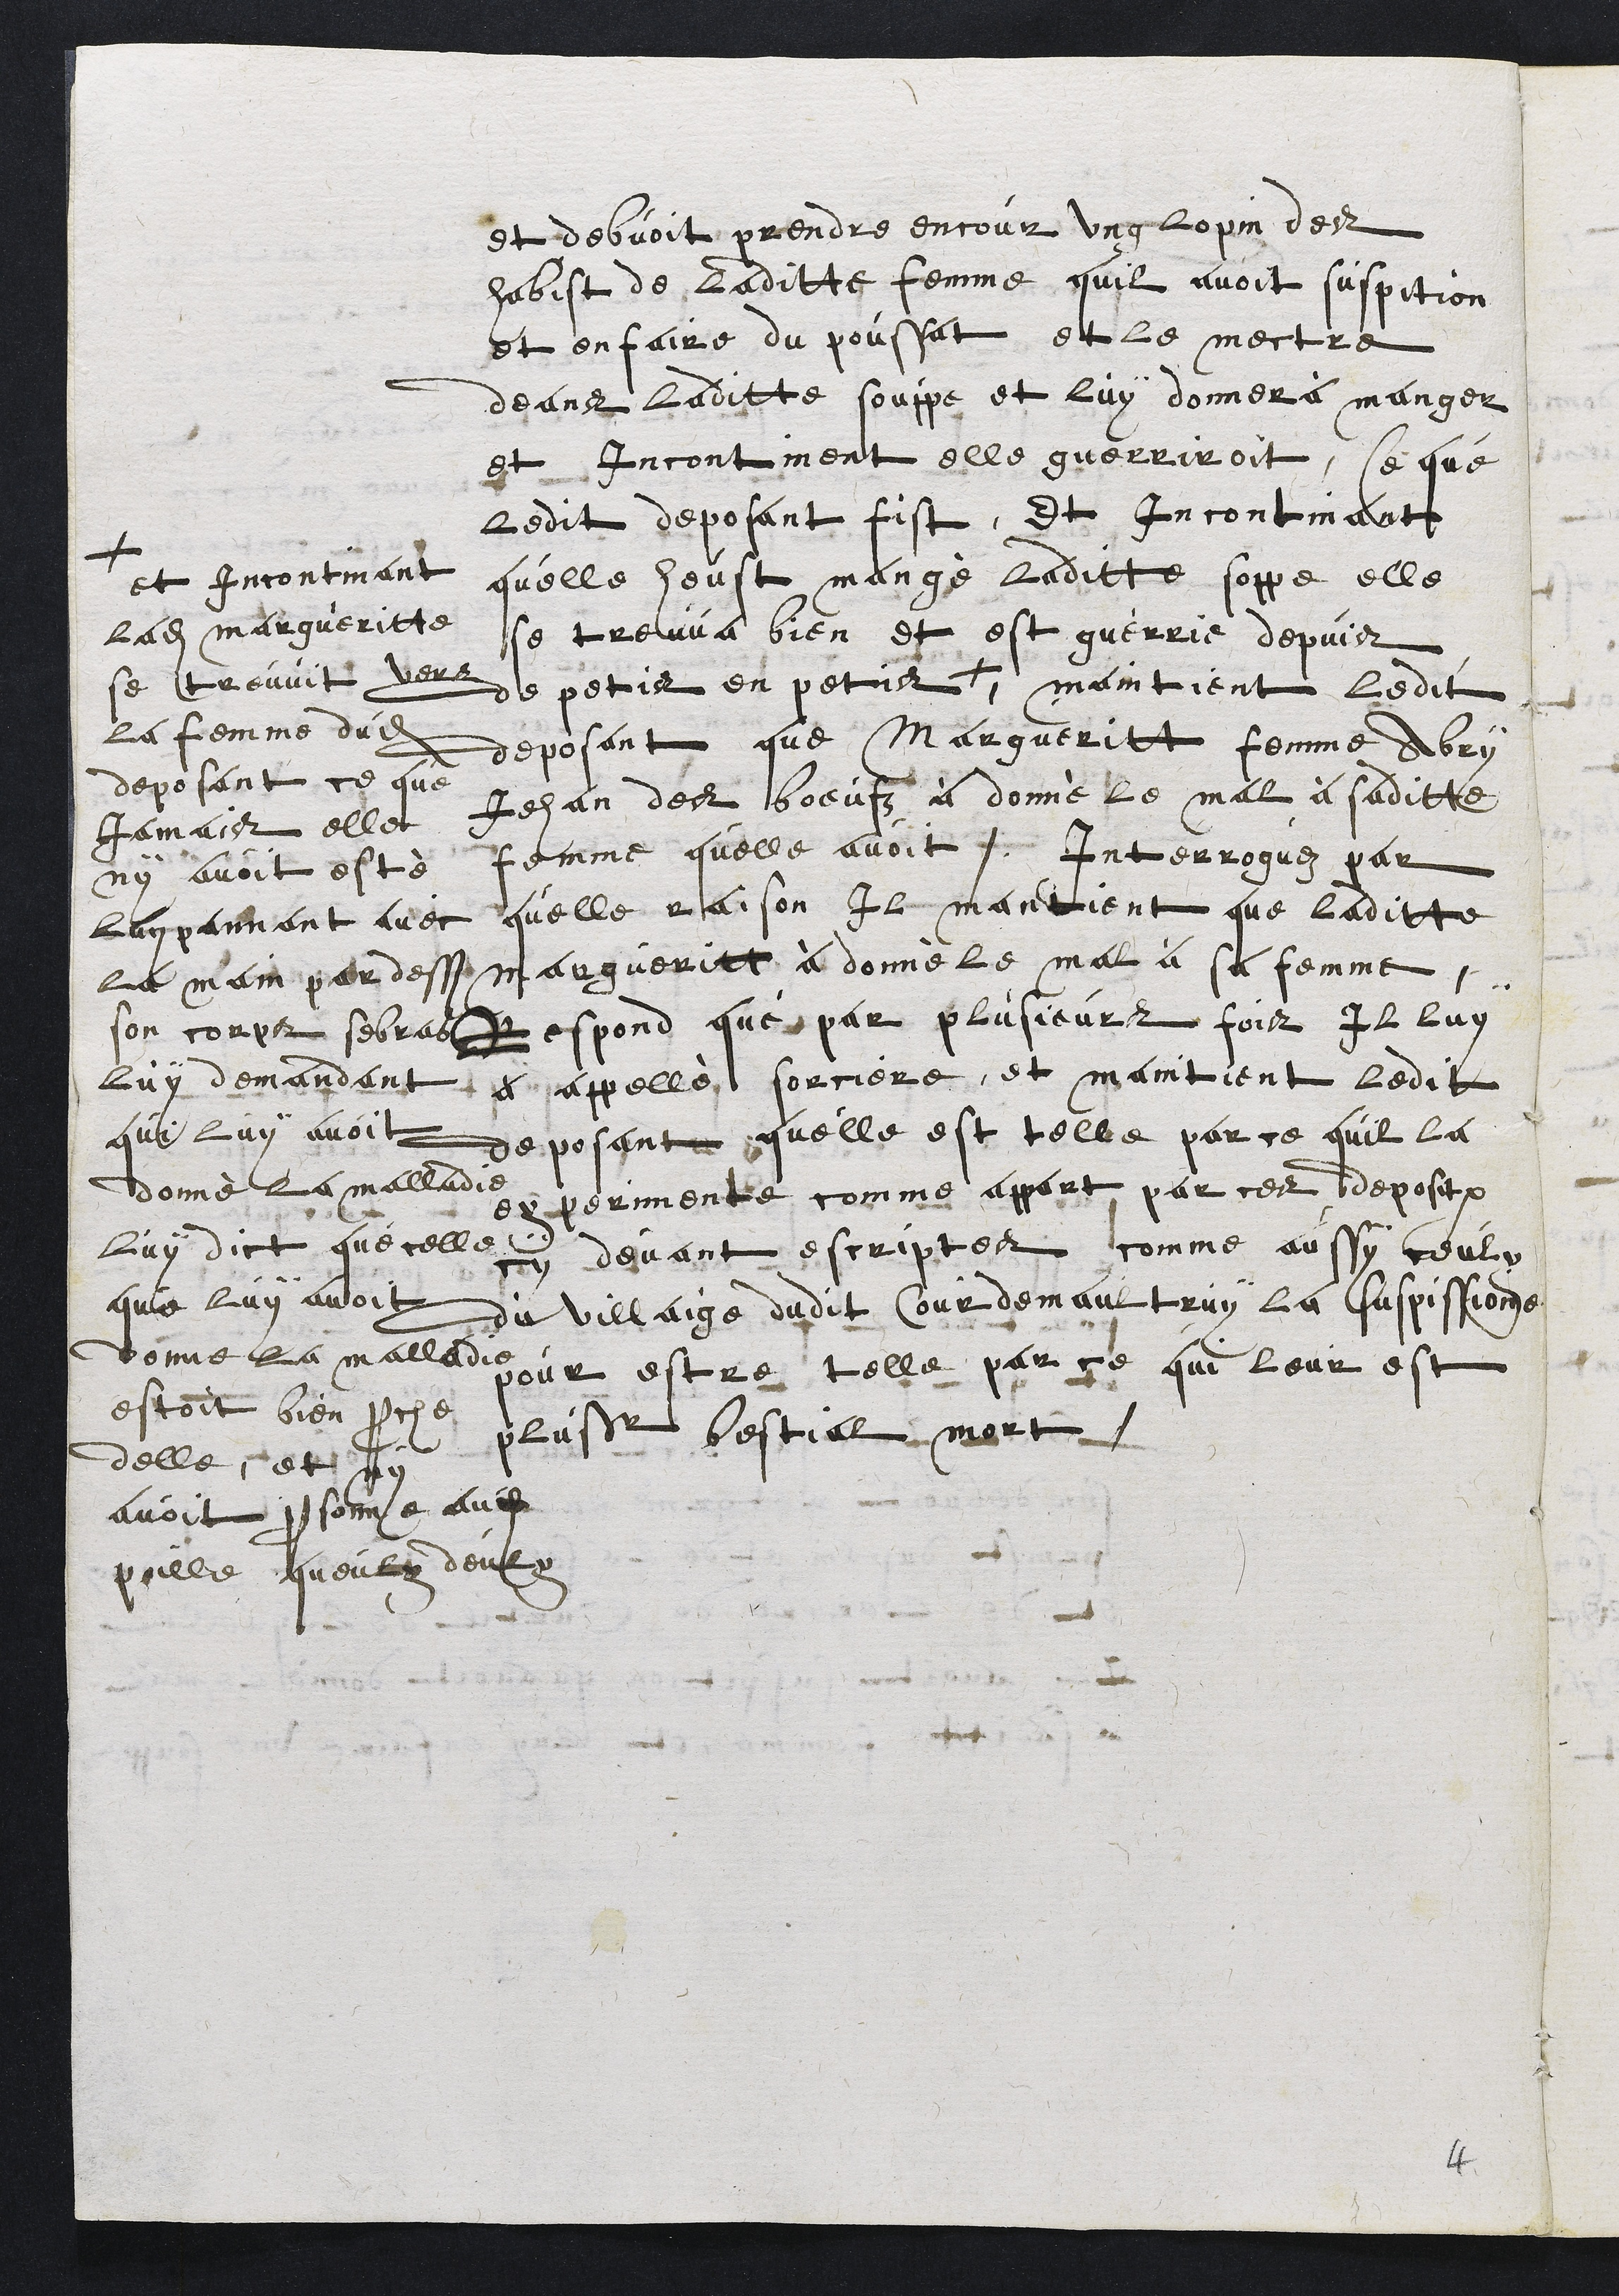
et debvoit prendre encour ung lopin des
habist de laditte femme quil avoit suspition
et en faire du poussat et le mectre
deans laditte souppe et luy donner à manger
et incontinent elle guerriroit, Ce que
ledit deposant fist, Et incontinant
quelle heust mangé laditte soppe elle
se treuva bien et est guerrie depuis
de petis en petis +
+ et incontinant
ladite Margueritte
se treuvit vers
la femme dudit
deposant ce que
jamais elle
ny avoit esté
luy pannant avec
la main per dessus
son corps sebras
luy demandant
qui luy avoit
donné la malladie
luy dict que celle
que luy avoit
donne la malladie
estoit bien proche
delle, et ny
avoit personne audit
poille queulx deulx
maintient ledit
deposant que Margueritte femme Abry
Jehan des boeufz à donné le mal à saditte
femme quelle avoit. Interroguez par
quelle raison Il mantient que laditte
Margueritte à donné le mal à sa femme
Respond que par plusieurs fois Il luy
a appellé sorciere, et maintient ledit
deposant quelle est telle par ce quil la
experimente comme appart par ces depositi
cy devant escriptes comme aussy ceulx
du villaige dudit Courdemaultruy la suspissione
pour estre telle parce ce qui leur est
plusieur bestial mort.